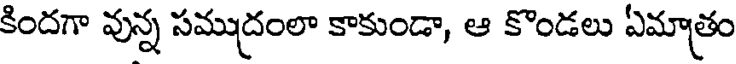
కిందగా వున్న సముద్రంలా కాకుండా, ఆ కొండలు ఏమాత్రం